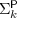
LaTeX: \Sigma _ { k } ^ { \mathsf { P } }